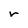
Character: r